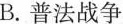
B.普法战争